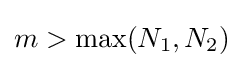
m>\max(N_{1},N_{2})